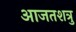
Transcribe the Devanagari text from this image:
आजतशत्रु